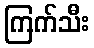
ကြက်သီး